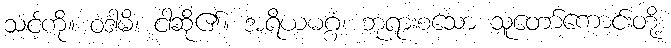
သင့်ကို။ ဝဒါမိ၊ ငါဆို၏။ အရိယမဂ္ဂံ၊ ဘုရားစသော သူတော်ကောင်းတို့